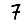
Digit: 7